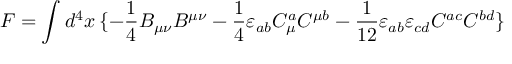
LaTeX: F = \int d ^ { 4 } x \, \{ - \frac { 1 } { 4 } B _ { \mu \nu } B ^ { \mu \nu } - \frac { 1 } { 4 } \varepsilon _ { a b } C _ { \mu } ^ { a } C ^ { \mu b } - \frac { 1 } { 1 2 } \varepsilon _ { a b } \varepsilon _ { c d } C ^ { a c } C ^ { b d } \}